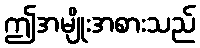
ဤအမျိုးအစားသည်